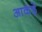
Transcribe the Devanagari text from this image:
आकंड़े